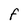
Character: F